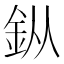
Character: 𨥎